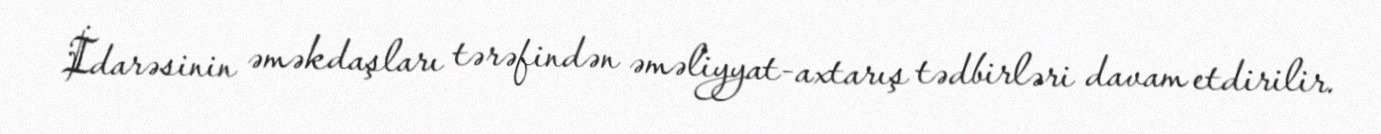
İdarəsinin əməkdaşları tərəfindən əməliyyat-axtarış tədbirləri davam etdirilir.